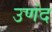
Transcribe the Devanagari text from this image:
उणंद